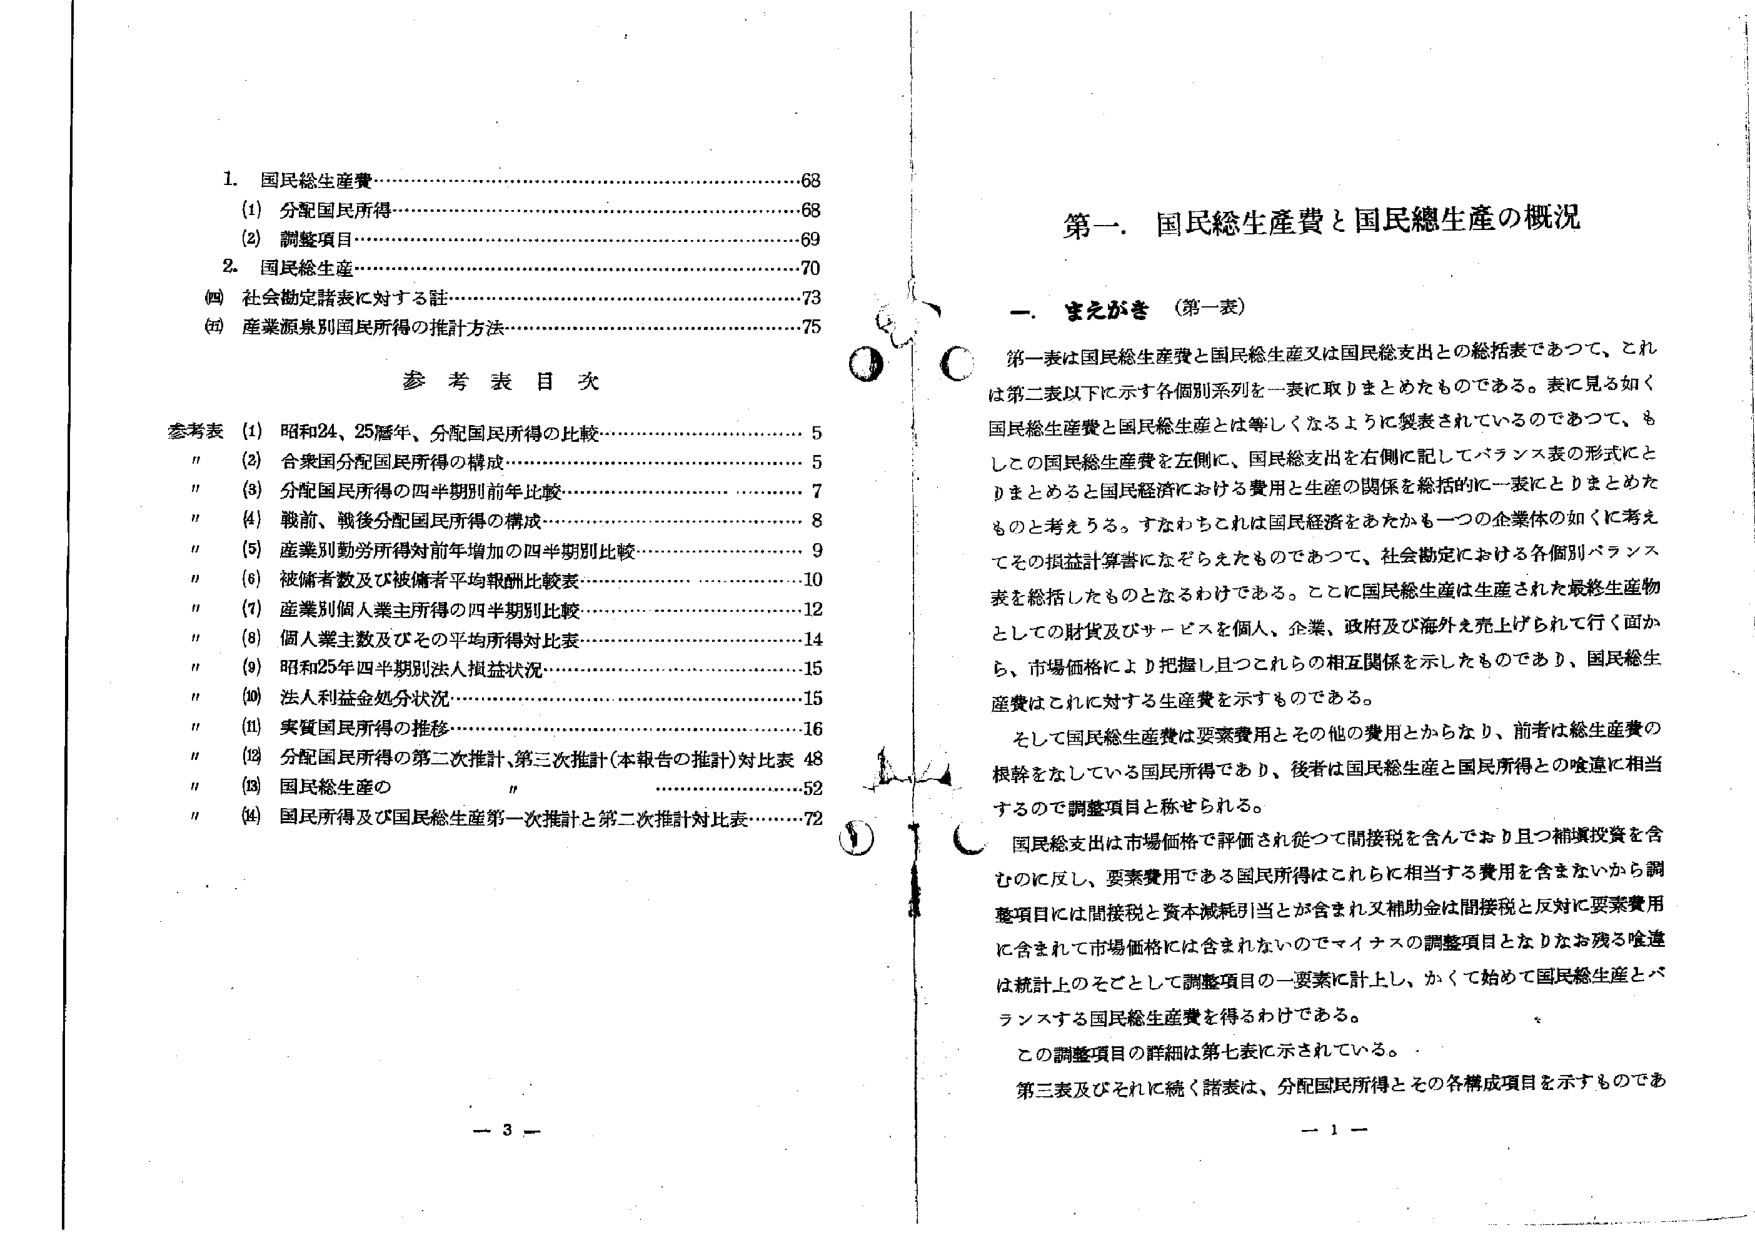
1. 国民総生産費…………………………………………………………68
　(1) 分配国民所得……………………………………………………68
　(2) 調整項目…………………………………………………………69
2. 国民総生産…………………………………………………………70
　(四) 社会勘定諸表に対する註………………………………………73
　(五) 産業源泉別国民所得の推計方法………………………………75

参考表目次

参考表 (1) 昭和24、25暦年、分配国民所得の比較…………………………5
　　　(2) 合衆国分配国民所得の構成……………………………………5
　　　(3) 分配国民所得の四半期別前年比較……………………………7
　　　(4) 戦前、戦後分配国民所得の構成………………………………8
　　　(5) 産業別勤労所得対前年増加の四半期別比較…………………9
　　　(6) 被傭者数及び被傭者平均報酬比較表…………………………10
　　　(7) 産業別個人業主所得の四半期別比較…………………………12
　　　(8) 個人業主数及びその平均所得対比表…………………………14
　　　(9) 昭和25年四半期別法人損益状況………………………………15
　　　(10) 法人利益金処分状況…………………………………………15
　　　(11) 実質国民所得の推移…………………………………………16
　　　(12) 分配国民所得の第二次推計、第三次推計（本報告の推計）対比表 48
　　　(13) 国民総生産の　"　…………………………………………52
　　　(14) 国民所得及び国民総生産第一次推計と第二次推計対比表……72

第一．国民総生産費と国民総生産の概況

一．まえがき（第一表）

第一表は国民総生産費と国民総生産又は国民総支出との総括表であって、これは第二表以下に示す各個別系列を一表に取りまとめたものである。表に見る如く国民総生産費と国民総生産とは等しくなるように製表されているのであって、もしこの国民総生産費を左側に、国民総支出を右側に記してバランス表の形式にとどまるとすると国民経済における費用と生産の関係を総括的に一表にとどまるともとの考えうる。すなわちこれは国民経済をあたかも一つの企業体の如くに考えてその損益計算書になぞらえたものであって、社会勘定における各個別バランス表を総括したものとなるわけである。ここに国民総生産は生産された最終生産物としての財貨及びサービスを個人、企業、政府及び海外を売上げられて行く面から、市場価格により把握し且つこれらの相互関係を示したものであり、国民総生産費はこれに対する生産費を示すものである。

そして国民総生産費は要素費用とその他の費用とからなり、前者は総生産費の根幹をなしている国民所得であり、後者は国民総生産と国民所得との差違に相当するので調整項目と称せられる。

国民総支出は市場価格で評価され従って間接税を含んでおり且つ補填投資を含むのに反し、要素費用である国民所得はこれらに相当する費用を含まないから調整項目には間接税と資本減耗引当とが含まれ又補助金は間接税と反対に要素費用に含まれて市場価格には含まれないのでマイナスの調整項目となりなお残る差違は統計上のそことして調整項目の一要素に計上し、かくて始めて国民総生産とバランスする国民総生産費を得るわけである。

この調整項目の詳細は第七表に示されている。

第三表及びそれに続く諸表は、分配国民所得とその各構成項目を示すものであ

－ 3 －
－ 1 －